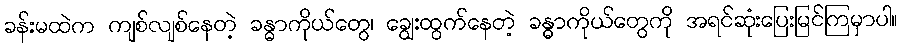
ခန်းမထဲက ကျစ်လျစ်နေတဲ့ ခန္ဓာကိုယ်တွေ၊ ချွေးထွက်နေတဲ့ ခန္ဓာကိုယ်တွေကို အရင်ဆုံးပြေးမြင်ကြမှာပါ။